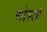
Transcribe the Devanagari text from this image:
गोस्सो